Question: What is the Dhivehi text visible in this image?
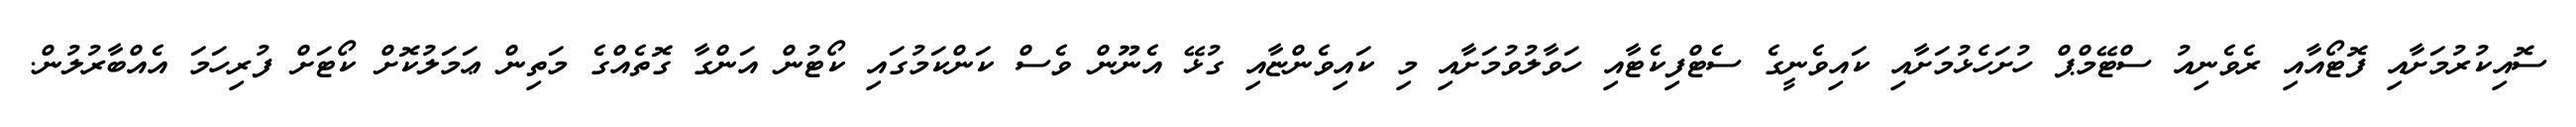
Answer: ސޮއިކުރުމަށާއި ފޮޓޯއާއި ރެވެނިއު ސްޓޭމްޕް ހުށަހެޅުމަށާއި ކައިވެނީގެ ސެޓްފިކެޓާއި ހަވާލުވުމަށާއި މި ކައިވެންޏާއި ގުޅޭ އެނޫން ވެސް ކަންކަމުގައި ކޯޓުން އަންގާ ގޮތެއްގެ މަތިން ޢަމަލުކޮށް ކޯޓަށް ފުރިހަމަ އެއްބާރުލުން.